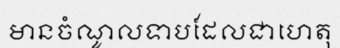
មានចំណូលទាបដែលជាហេតុ